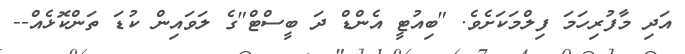
އަދި މާފުރިހަމަ ފިލްމަކަށެވެ. "ބިއުޓީ އެންޑް ދަ ބީސްޓް"ގެ ލަވައިން ކުޑަ ތަންކޮޅެއް--